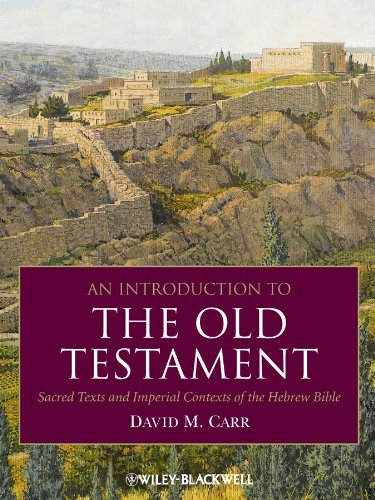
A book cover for An Introduction to the Old Testament: Sacred Texts and Imperial Contexts of the Hebrew Bible; David M. Carr; Christian Books & Bibles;